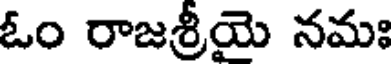
ఓం రాజశ్రీయై నమః